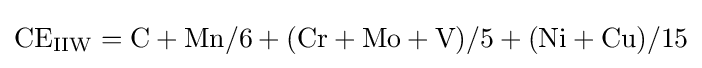
{\mathrm {CE} {\vphantom {A}}_{\smash[{t}]{\mathrm {IIW} }}{}={}\mathrm {C} {}+{}\mathrm {Mn} /6{}+{}(\mathrm {Cr} {}+{}\mathrm {Mo} {}+{}\mathrm {V} )/5{}+{}(\mathrm {Ni} {}+{}\mathrm {Cu} )/15}